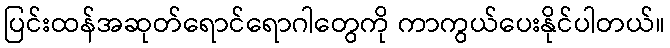
ပြင်းထန်အဆုတ်ရောင်ရောဂါတွေကို ကာကွယ်ပေးနိုင်ပါတယ်။